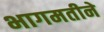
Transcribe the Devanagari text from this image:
भागमतीने